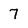
Character: 7